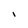
Character: i